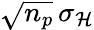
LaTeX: \sqrt{n_{p}}\, \sigma_{\mathcal{H}}